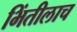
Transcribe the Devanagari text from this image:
भिंतीलाच